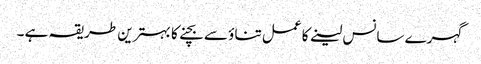
گہرے سانس لینے کا عمل تناؤ سے بچنے کا بہترین طریقہ ہے ۔